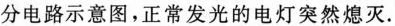
分电路示意图，正常发光的电灯突然熄灭.